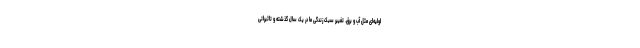
اولیه‌ای مثل آب و برق. تغییر سبک زندگی ما در یک سال گذشته و تاثیراتی